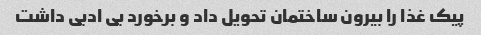
پیک غذا را بیرون ساختمان تحویل داد و برخورد بی ادبی داشت